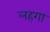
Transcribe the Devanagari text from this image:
लहगा